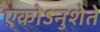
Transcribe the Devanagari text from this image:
एकोऽनुशेते